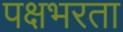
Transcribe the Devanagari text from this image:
पक्षभरता